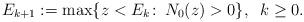
LaTeX: \begin{align*}E_{k+1} := \max \{z < E_k \colon\, N_0(z) > 0 \}, \;\; k \ge 0.\end{align*}